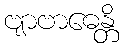
ဗျာဗာဓေန္တိ